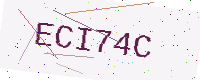
Text: ECI74C